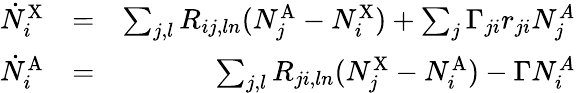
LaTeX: \begin{array}{rlr}{\dot{N}_{i}^{\mathrm{X}}}&{=}&{\sum_{j,l}R_{ij,ln}(N_{j}^{\mathrm{A}}-N_{i}^{\mathrm{X}})+\sum_{j}\Gamma_{ji}r_{ji}N_{j}^{A}}\\ {\dot{N}_{i}^{\mathrm{A}}}&{=}&{\sum_{j,l}R_{ji,ln}(N_{j}^{\mathrm{X}}-N_{i}^{\mathrm{A}})-\Gamma N_{i}^{A}}\end{array}